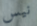
نيس